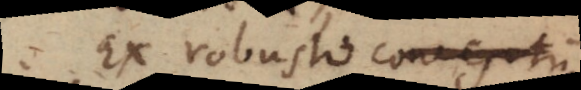
Ex robusti conceptu